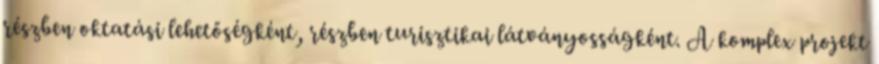
részben oktatási lehetőségként, részben turisztikai látványosságként. A komplex projekt